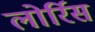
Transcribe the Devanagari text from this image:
लोर्रिस